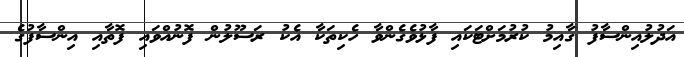
އަދުލުއިންސާފު ގާއިމު ކުރުމަށްޓަކައި ފާޅުވެގެންވާ ހެކިތަކާ އެކު ރަސޫލުން ފޮނުއްވައި ފޮތާއި އިންސާފުގެ